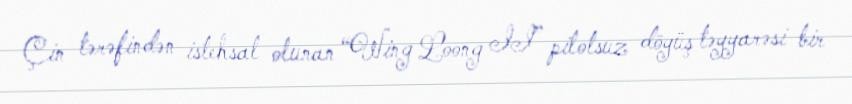
Çin tərəfindən istehsal olunan “Wing Loong II” pilotsuz döyüş təyyarəsi bir